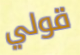
قولي